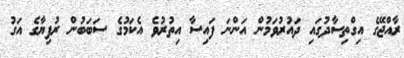
ރާއްޖޭގެ އިގްތިސާދުގައި ދައުރުވަމުން އަންނަ ފައިސާ އިތުރުވެ އެކަމުގެ ސަބަބުން ރުފިޔާގެ އަގު